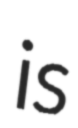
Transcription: is